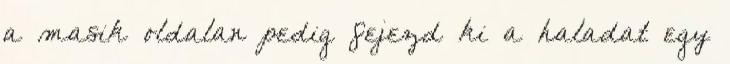
a másik oldalán pedig fejezd ki a háládat egy